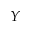
Y